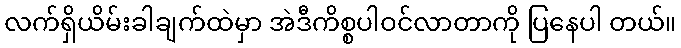
လက်ရှိယိမ်းခါချက်ထဲမှာ အဲဒီကိစ္စပါဝင်လာတာကို ပြနေပါ တယ်။